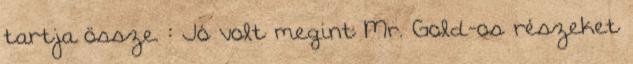
tartja össze. : Jó volt megint Mr. Gold-os részeket